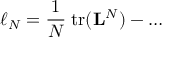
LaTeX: \ell _ { N } = \frac { 1 } { N } \; \mathrm { t r } ( { \bf L } ^ { N } ) - \ldots